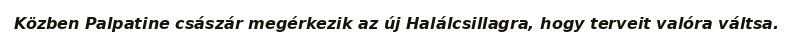
Közben Palpatine császár megérkezik az új Halálcsillagra, hogy terveit valóra váltsa.